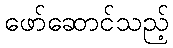
ဖော်ဆောင်သည့်